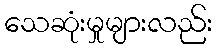
သေဆုံးမှုများလည်း